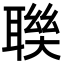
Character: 聫